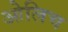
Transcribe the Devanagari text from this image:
ओलिच